Civil Veterinary Department Bengal reports 1923-33 - 1923-1933
Year: 1923
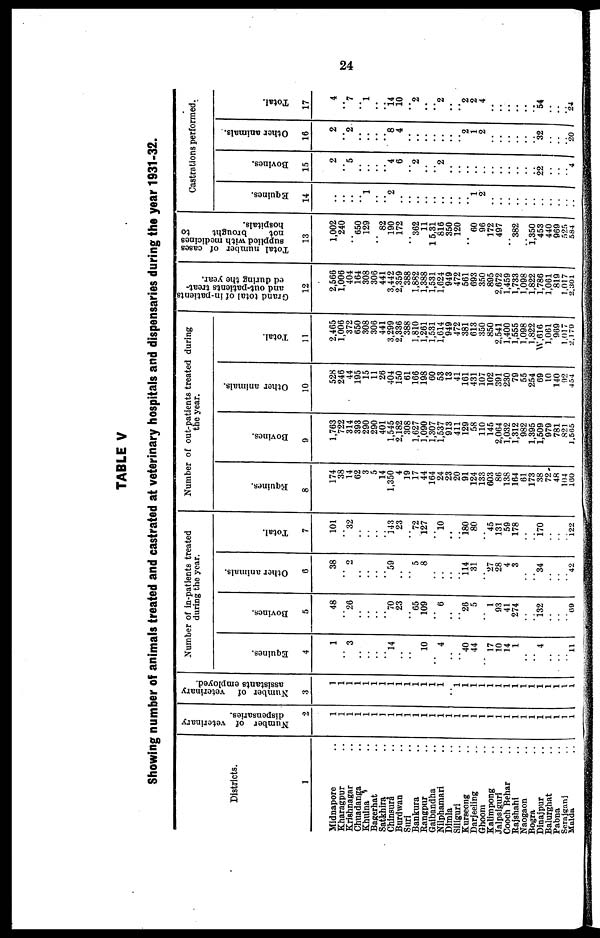
24
TABLE V
Showing number of animals treated and castrated at veterinary hospitals and dispensaries during the year 1931-32.
Districts.
1
Midnapore ..
Kharagpur ..
Krishnagar ..
Chuadanga ..
Khulna ..
Bagerhat ..
Satkhira ..
Chinaura ..
Burdwan ..
Suri ..
Bankura ..
Rangpur ..
Gaibandha ..
Nilphamari ..
Dimla ..
Siliguri ..
Kurseong ..
Darjeeling ..
Ghoom ..
Kalimpong ..
Jalpaiguri ..
Cooch Behar ..
Rajshahi ..
Naogaon ..
Bogra ..
Dinajpur ..
Balurghat ..
Pabna ..
Serajganj ..
Malda ..
Number of veterinary
dispensaries.
2
1
1
1
1
1
1
1
1
1
1
1
1
1
1
1
1
1
1
1
1
1
1
1
1
1
1
1
1
1
1
Number of veterinary
assistants employed.
3
1
1
1
1
1
1
1
1
1
1
1
1
1
1
1 1
1
1
1
1
1
1
1
1
1
1
1
1
1
Number of in-patients treated
during the year.
Equines.
4
1
..
3
..
..
.. 14
..
..
.. 10
..
4
..
.. 40
44
.. 17
10
14
1
..
.. 4
..
..
.. 11
Bovines.
5
48
.. 26
..
..
70
23
.. 65
109
..
6
..
.. 26
5
..
1
93
41
274
..
.. 132
..
..
.. 69
Other animals.
6
38
..
2
..
..
.. 59
..
..
5
8
..
..
..
.. 1l4
31
.. 27
28
4
3
..
.. 34
..
..
.. 42
Total.
7
101
.. 32
..
..
.. 143
23
.. 72
127
.. 10
..
.. 180
80
.. 45
131
59
178
..
.. 170
..
..
.. i22
Number of out-patients treated during
the year.
Equines.
8
174
38
14
62
3
5
14
1,350
4
19
17
44
164
24
23
20
91
124
133
603
86
138
164
61
173
38
72
48
104
160
Bovines.
9
1,763
722
314
393
290
290
401
1,545
2,182
308
1,627
1,090
1,307
1,537
913
411
129
58
110
145
2,064
1,032
1,312
982
1,395
1,509
979
781
821
1,565
Other animals.
10
528
246
44
195
15
11
26
404
150
61
166
198
60
53
13
41
161
431
107
102
391
230
79
55
254
69
10
140
92
454
Total.
11
2,465
1,006
372
650
308
306
441
3,299
2,336
388
1,810
1,261
1,531
1,614
949
472
381
613
350
850
2,541
1,400
1,555
1,098
1,822
W,616
1,061
969
1,017
2, 1 79
Grand total of in-patients
and out-patients treat-
ed during the year.
12
2,566
1,006
404
164
308
306
441
3,442
2,359
388
1,882
1,388
1,531
1,624
949
472
561
693
350
895
2,672
1,459
1,733
1,098
1,822
1,786
1,061
819
1,017
2,301
Total number of cases
supplied with medicines
not
brought
to
hospitals.
13
1,002
240
..
650
129
..
82
190
172
..
362
11
15,31
816
350
120
..
60
96
172
497
.. 382
.. 1,350
453
440
969
525
584
Castrations performed.
Equines.
14
..
..
.. 1
..
.. 2
..
..
..
..
..
..
..
..
.. 1 2
..
..
..
..
..
..
.. ..
..
..
..
Bovines.
15
2
.. 5
..
..
.. 4
6
.. 2
..
.. 2
..
..
..
..
..
..
..
..
..
.. ..
22
..
..
.. 4
Other animals.
16
2
.. 2
..
..
.. 8
4
.. ..
..
..
..
..
.. 2
1
2
..
..
..
..
..
.. 32
..
..
.. 20
Total.
17
4
.. 7
1
..
.. 14 10
.. 2
..
.. 2
..
.. 2
2
4
..
..
..
..
.. .. 54
..
..
.. 24